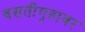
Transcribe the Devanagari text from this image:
वसतीगृहावर